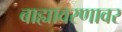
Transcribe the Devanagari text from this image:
बाह्यावरणावर